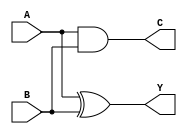
module HALF_ADDER(Y,C,A,B);
output Y,C;
input A,B;

xor XOR_INST(Y, A, B);
and AND_INST(C, A, B);

endmodule